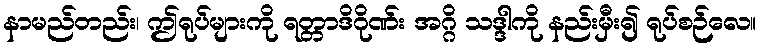
နာမည်တည်း၊ ဤရုပ်များကို ရတ္တာဒိဂိုဏ်း အဂ္ဂိ သဒ္ဒါကို နည်းမှီး၍ ရုပ်စဉ်လေ။